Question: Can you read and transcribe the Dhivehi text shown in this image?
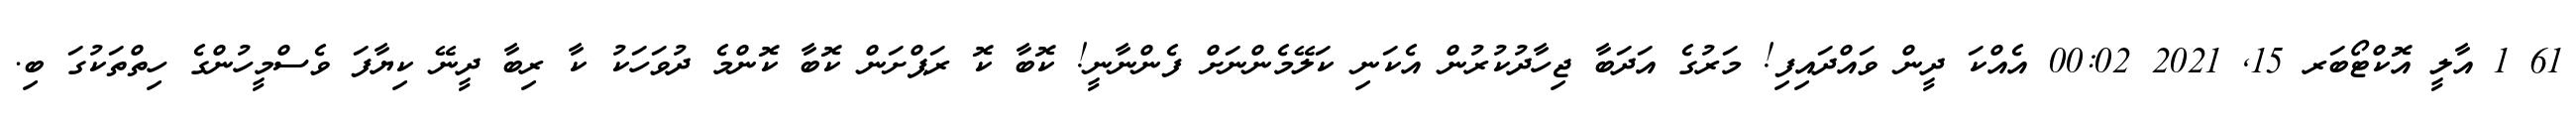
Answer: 61 1 އާލީ އޮކްޓޯބަރ 15, 2021 00:02 އެއްކަ ދީން ވައްދައިފި! މަރުގެ އަދަބާ ޖިހާދުކުރުން އެކަނި ކަލޭމެންނަށް ފެންނާނީ! ކޮބާ ކޮ ރަޕްށަން ކޮބާ ކޮންމެ ދުވަހަކު ކާ ރިބާ ދީނޭ ކިޔާފަ ވެސްމީހުންގެ ހިތްތަކުގަ ބި.